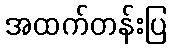
အထက်တန်းပြ